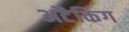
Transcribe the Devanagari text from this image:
अटैकिंग